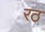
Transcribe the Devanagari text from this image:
रठ